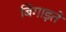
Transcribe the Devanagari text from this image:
बिगाड़ते